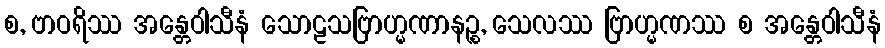
စ, ဗာဝရိဿ အန္တေဝါသီနံ သောဠသဗြာဟ္မဏာနဉ္စ, သေလဿ ဗြာဟ္မဏဿ စ အန္တေဝါသီနံ